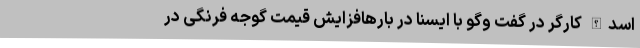
اسدالله کارگر در گفت وگو با ایسنا در بارهافزایش قیمت گوجه فرنگی در